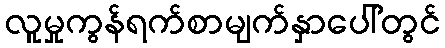
လူမှုကွန်ရက်စာမျက်နှာပေါ်တွင်